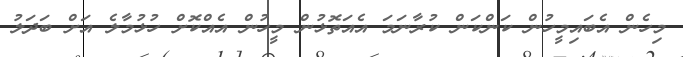
މިހެން އެބައިމީހުން ކަންކަން ކުރާނަމަ އެއަތޮޅުން މީހުން އެއްކޮށް ހުޅުމާލެ އަށް ބަދަލު